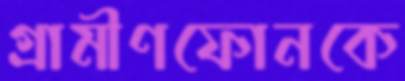
গ্রামীণফোনকে